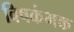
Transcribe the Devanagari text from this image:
विषकंभक